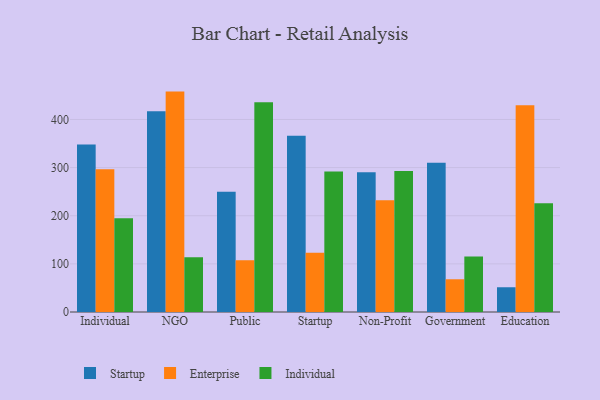
{"axis": {"x": "Segment", "y": "Shipments"}, "legend": ["Enterprise", "Individual", "Startup"], "data": [{"x": "Individual", "y": 348.1, "type": "Startup"}, {"x": "Individual", "y": 296.5, "type": "Enterprise"}, {"x": "Individual", "y": 194.7, "type": "Individual"}, {"x": "NGO", "y": 417.0, "type": "Startup"}, {"x": "NGO", "y": 457.9, "type": "Enterprise"}, {"x": "NGO", "y": 114.0, "type": "Individual"}, {"x": "Public", "y": 249.6, "type": "Startup"}, {"x": "Public", "y": 107.5, "type": "Enterprise"}, {"x": "Public", "y": 435.9, "type": "Individual"}, {"x": "Startup", "y": 366.3, "type": "Startup"}, {"x": "Startup", "y": 123.3, "type": "Enterprise"}, {"x": "Startup", "y": 291.9, "type": "Individual"}, {"x": "Non-Profit", "y": 290.4, "type": "Startup"}, {"x": "Non-Profit", "y": 232.4, "type": "Enterprise"}, {"x": "Non-Profit", "y": 292.7, "type": "Individual"}, {"x": "Government", "y": 309.9, "type": "Startup"}, {"x": "Government", "y": 68.0, "type": "Enterprise"}, {"x": "Government", "y": 115.1, "type": "Individual"}, {"x": "Education", "y": 51.4, "type": "Startup"}, {"x": "Education", "y": 429.6, "type": "Enterprise"}, {"x": "Education", "y": 226.1, "type": "Individual"}]}